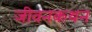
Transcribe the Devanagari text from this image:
जीवनकथन